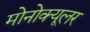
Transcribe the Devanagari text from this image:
मोनोक्यूलर